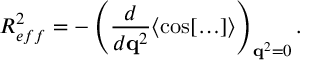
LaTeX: R _ { e f f } ^ { 2 } = - \left( \frac { d } { d { \bf q } ^ { 2 } } \langle \cos [ \ldots ] \rangle \right) _ { { \bf q } ^ { 2 } = 0 } .